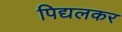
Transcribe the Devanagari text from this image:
पिद्यलकर